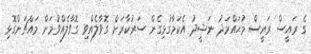
ގެ ރައީސް ރައީސް މުޙައްމަދު ނަޝީދު އެކަމާގުޅިގެން ސަރުކާރަށް ގޮވާލެއްވި ގޮވާލެއްވުމަށް މައްޗަންގޮޅި